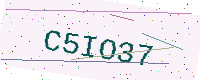
Text: C5IO37